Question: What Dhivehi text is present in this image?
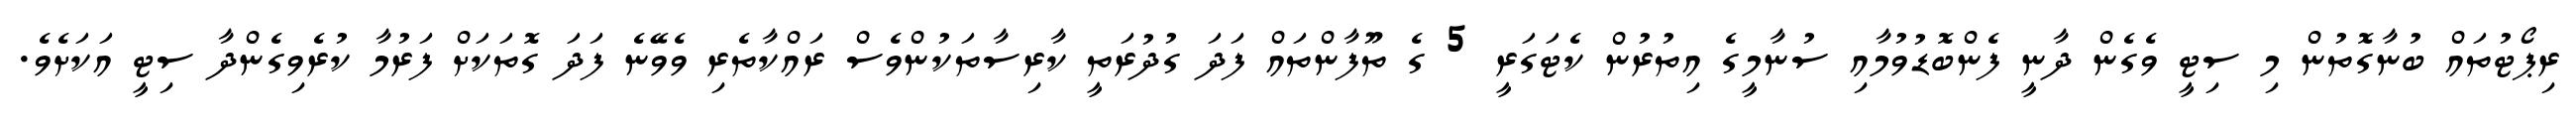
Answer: ރިޕޯޓުތައް ބުނާގޮތުން މި ސިޓީ ވެގެން ދާނީ ފެންބޮޑުވުމާއި ސުނާމީގެ އިތުރުން ކެޓަގަރީ 5 ގެ ތޫފާންތައް ފަދަ ގުދުރަތީ ކާރިސާތަކުންވެސް ރައްކާތެރި ވެވޭނެ ފަދަ ގޮތަކަށް ފަރުމާ ކުރެވިގެންދާ ސިޓީ އަކަށެވެ.